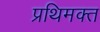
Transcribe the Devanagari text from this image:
प्रथिमक्त